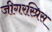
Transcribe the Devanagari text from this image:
जीगरस्प्रिस